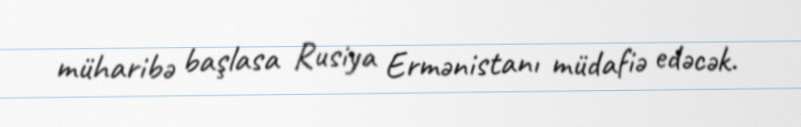
müharibə başlasa Rusiya Ermənistanı müdafiə edəcək.